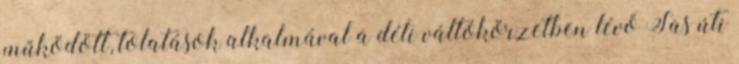
működött, tolatások alkalmával a déli váltókörzetben lévő Sas úti